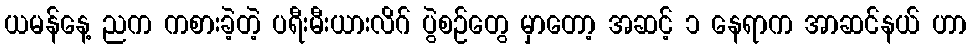
ယမန်နေ့ ညက ကစားခဲ့တဲ့ ပရီးမီးယားလိဂ် ပွဲစဉ်တွေ မှာတော့ အဆင့် ၁ နေရာက အာဆင်နယ် ဟာ